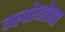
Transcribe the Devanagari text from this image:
ग्लोबोसा